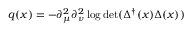
q ( x ) = - \partial _ { \mu } ^ { 2 } \partial _ { \nu } ^ { 2 } \log \operatorname * { d e t } ( \Delta ^ { \dagger } ( x ) \Delta ( x ) )